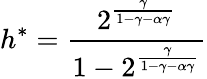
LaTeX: h^{*}=\frac{2^{\frac{\gamma}{1-\gamma-\alpha\gamma}}}{1-2^{\frac{\gamma}{1-\gamma-\alpha\gamma}}}